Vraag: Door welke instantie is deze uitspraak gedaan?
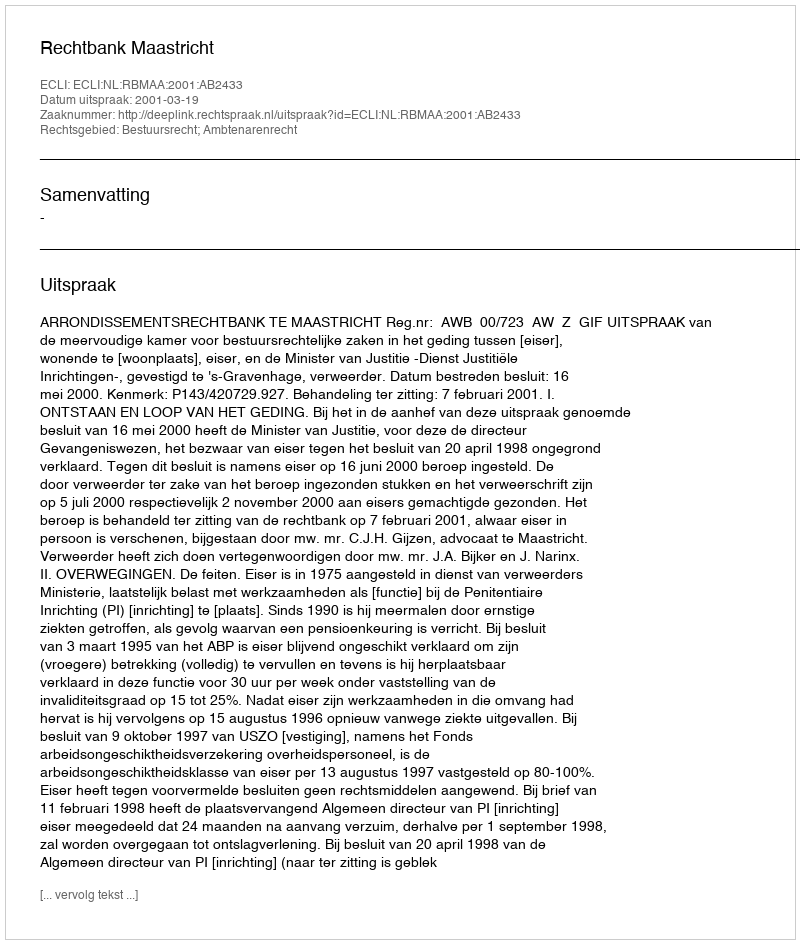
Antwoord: Rechtbank Maastricht